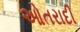
ઓતરાદી